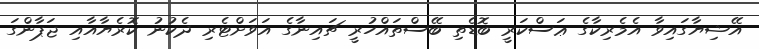
އޭޝިޔާގައިވާ އެމެރިކާގެ ޢަސްކަރީ ބޮޑެތި ބޭސްތައްހުރީ ޗައިނާގެ އަވަށްޓެރި ދެކުނު ކޮރެޔާއާއި ޖަޕާންގަ